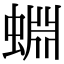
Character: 蜵